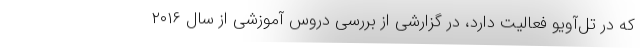
که در تل‌آویو فعالیت دارد، در گزارشی از بررسی دروس آموزشی از سال ۲۰۱۶